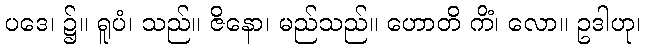
ပဒေ၊ ၌။ ရူပံ၊ သည်။ ဇိနော၊ မည်သည်။ ဟောတိ ကိံ၊ လော။ ဥဒါဟု၊